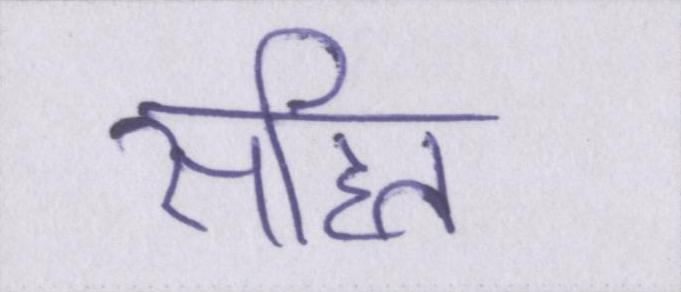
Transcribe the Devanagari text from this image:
सहित